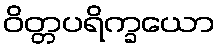
ဝိတ္တပရိက္ခယော